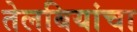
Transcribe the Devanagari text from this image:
तेलबियांचा